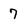
Character: 7